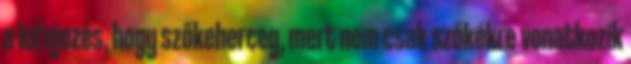
a kifejezés, hogy szőkeherceg, mert nem csak szőkékre vonatkozik